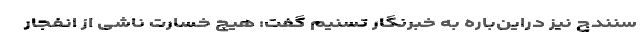
سنندج نیز دراین‌باره به خبرنگار تسنیم گفت: هیچ خسارت ناشی از انفجار